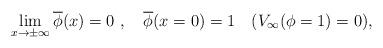
LaTeX: \begin{align*}\lim_{x\to\pm\infty}\overline{\phi}(x)=0\ , \quad \overline{\phi}(x=0)=1 \quad (V_{\infty}(\phi=1)=0),\end{align*}